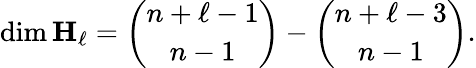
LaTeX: \dim\mathbf{H}_{\ell}={\binom{n+\ell-1}{n-1}}-{\binom{n+\ell-3}{n-1}}.